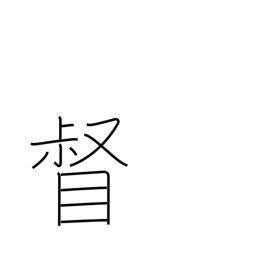
Meaning: supervise